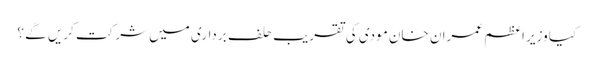
کیا وزیر اعظم عمران خان مودی کی تقریب حلف برداری میں شرکت کریں گے ؟